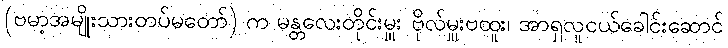
(ဗမာ့အမျိုးသားတပ်မတော်) က မန္တလေးတိုင်းမှူး ဗိုလ်မှူးဗထူး၊ အာရှလူငယ်ခေါင်းဆောင်